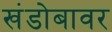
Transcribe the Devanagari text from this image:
खंडोबावर